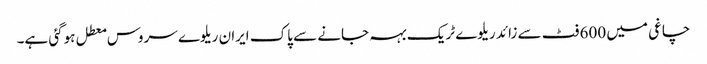
چاغی میں 600 فٹ سے زائد ریلوے ٹریک بہہ جانے سے پاک ایران ریلوے سروس معطل ہوگئی ہے۔